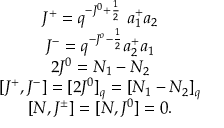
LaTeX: \begin{array} { c } { { J ^ { + } = q ^ { - J ^ { 0 } + \frac { 1 } { 2 } } \ a _ { 1 } ^ { + } a _ { 2 } } } \\ { { J ^ { - } = q ^ { - J ^ { o } - \frac { 1 } { 2 } } a _ { 2 } ^ { + } a _ { 1 } } } \\ { { 2 J ^ { 0 } = N _ { 1 } - N _ { 2 } } } \\ { { \left[ J ^ { + } , J ^ { - } \right] = [ 2 J ^ { 0 } ] _ { q } = [ N _ { 1 } - N _ { 2 } ] _ { q } } } \\ { { \left[ N , J ^ { \pm } \right] = [ N , J ^ { 0 } ] = 0 . } } \end{array}